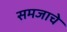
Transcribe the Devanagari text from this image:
समजाचे